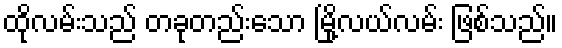
ထိုလမ်းသည် တခုတည်းသော မြို့လယ်လမ်း ဖြစ်သည်။